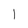
Character: l